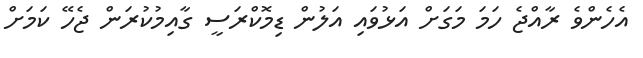
އެހެންވެ ރާއްޖެ ހަމަ މަގަށް އަޅުވައި އަލުން ޑިމޮކްރަސީ ގާއިމުކުރަން ޖެހޭ ކަމަށް